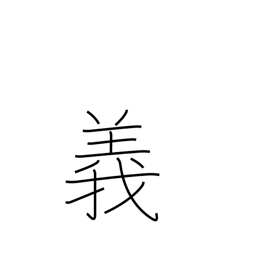
Meaning: morality